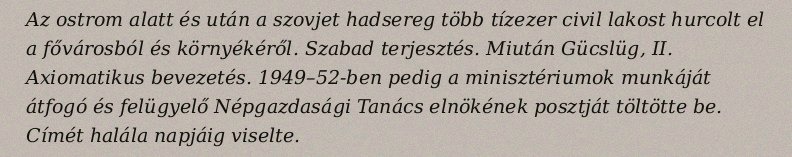
Az ostrom alatt és után a szovjet hadsereg több tízezer civil lakost hurcolt el a fővárosból és környékéről. Szabad terjesztés. Miután Gücslüg, II. Axiomatikus bevezetés. 1949–52-ben pedig a minisztériumok munkáját átfogó és felügyelő Népgazdasági Tanács elnökének posztját töltötte be. Címét halála napjáig viselte.